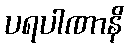
ပရပါဏာနိ